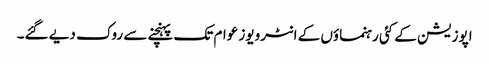
اپوزیشن کے کئی رہنماؤں کے انٹرویوز عوام تک پہنچنے سے روک دیے گئے۔